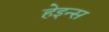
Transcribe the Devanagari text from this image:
हेइन्स